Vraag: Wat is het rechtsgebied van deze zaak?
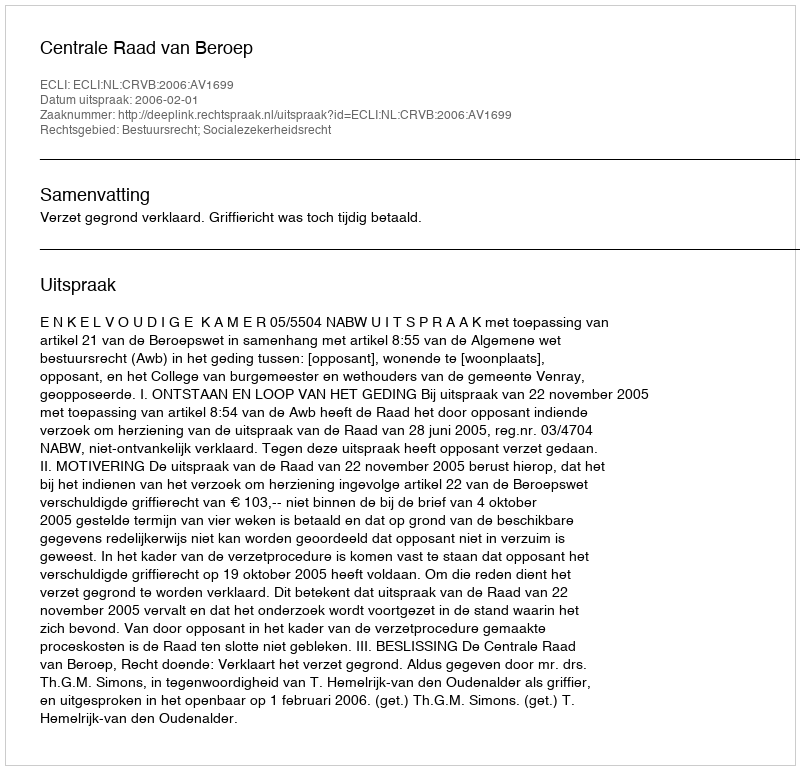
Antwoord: Bestuursrecht; Socialezekerheidsrecht